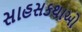
સાહસકથાઓ